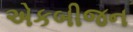
એકબીજન